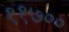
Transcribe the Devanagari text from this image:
११७००